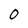
Character: 0